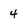
Character: 4